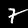
Label: 7